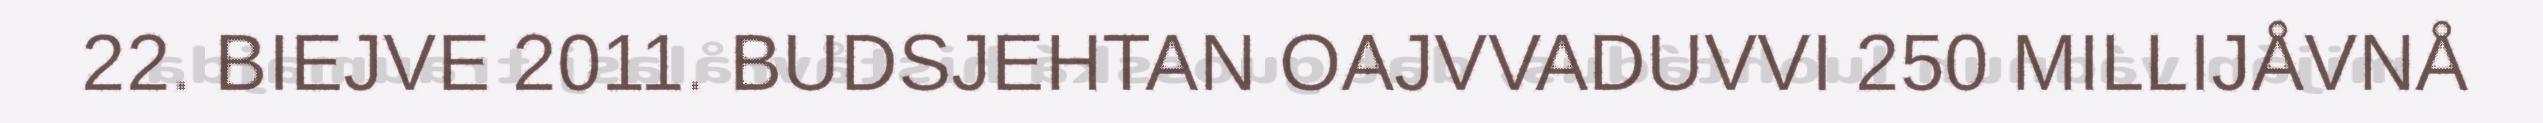
22. BIEJVE 2011. BUDSJEHTAN OAJVVADUVVI 250 MILLIJÅVNÅ